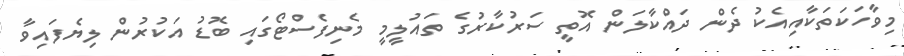
މިވާހަކަތަކާއިއެކު ދެން ދައްކާލަން އޮތީ ސަރުކާރުގެ ތައުލީމީ މެނިފެސްޓޯގައި ބޮޑު އަކުރުން ލިޔެފައިވާ